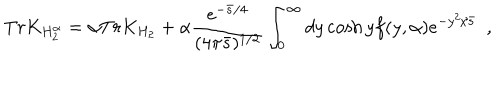
T r K _ { H _ { 2 } ^ { \alpha } } = \alpha T r K _ { H _ { 2 } } + \alpha { \frac { e ^ { - { \bar { s } / 4 } } } { ( 4 \pi \bar { s } ) ^ { 1 / 2 } } } \int _ { 0 } ^ { \infty } d y \cosh y f ( y , \alpha ) e ^ { - { y ^ { 2 } / \bar { s } } } ~ ~ ,